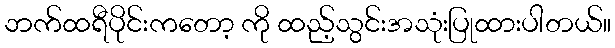
ဘက်ထရီပိုင်းကတော့ ကို ထည့်သွင်းအသုံးပြုထားပါတယ်။